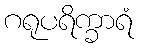
ဂရုပရိက္ခာရံ